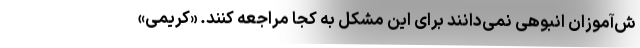
ش‌آموزان انبوهی نمی‌دانند برای این مشکل به کجا مراجعه کنند. «کریمی»